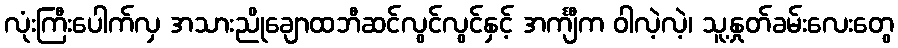
လုံးကြီးပေါက်လှ အသားညိုချောထဘီဆင်လွင်လွင်နှင့် အင်္ကျီက ဝါလဲ့လဲ့၊ သူ့နှုတ်ခမ်းလေးတွေ